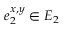
e _ { 2 } ^ { x , y } \in E _ { 2 }